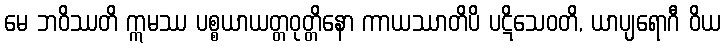
မေ ဘဝိဿတိ ဣမဿ ပစ္စယာယတ္တဝုတ္တိနော ကာယဿာတိပိ ပဋိသေဝတိ, ယာပျရောဂီ ဝိယ